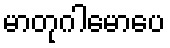
မာတုဂါမောပေ